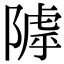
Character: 𨻲